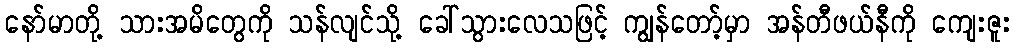
နော်မာတို့ သားအမိတွေကို သန်လျင်သို့ ခေါ်သွားလေသဖြင့် ကျွန်တော့်မှာ အန်တီဖယ်နီကို ကျေးဇူး